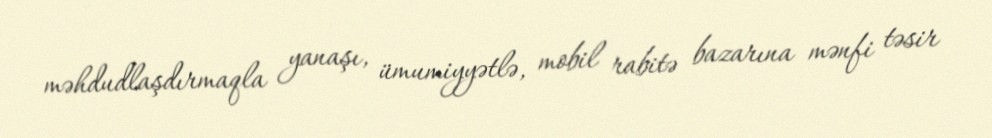
məhdudlaşdırmaqla yanaşı, ümumiyyətlə, mobil rabitə bazarına mənfi təsir